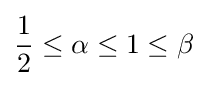
{\frac {1}{2}}\leq \alpha \leq 1\leq \beta